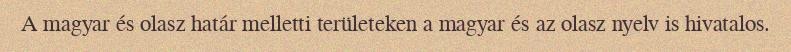
A magyar és olasz határ melletti területeken a magyar és az olasz nyelv is hivatalos.